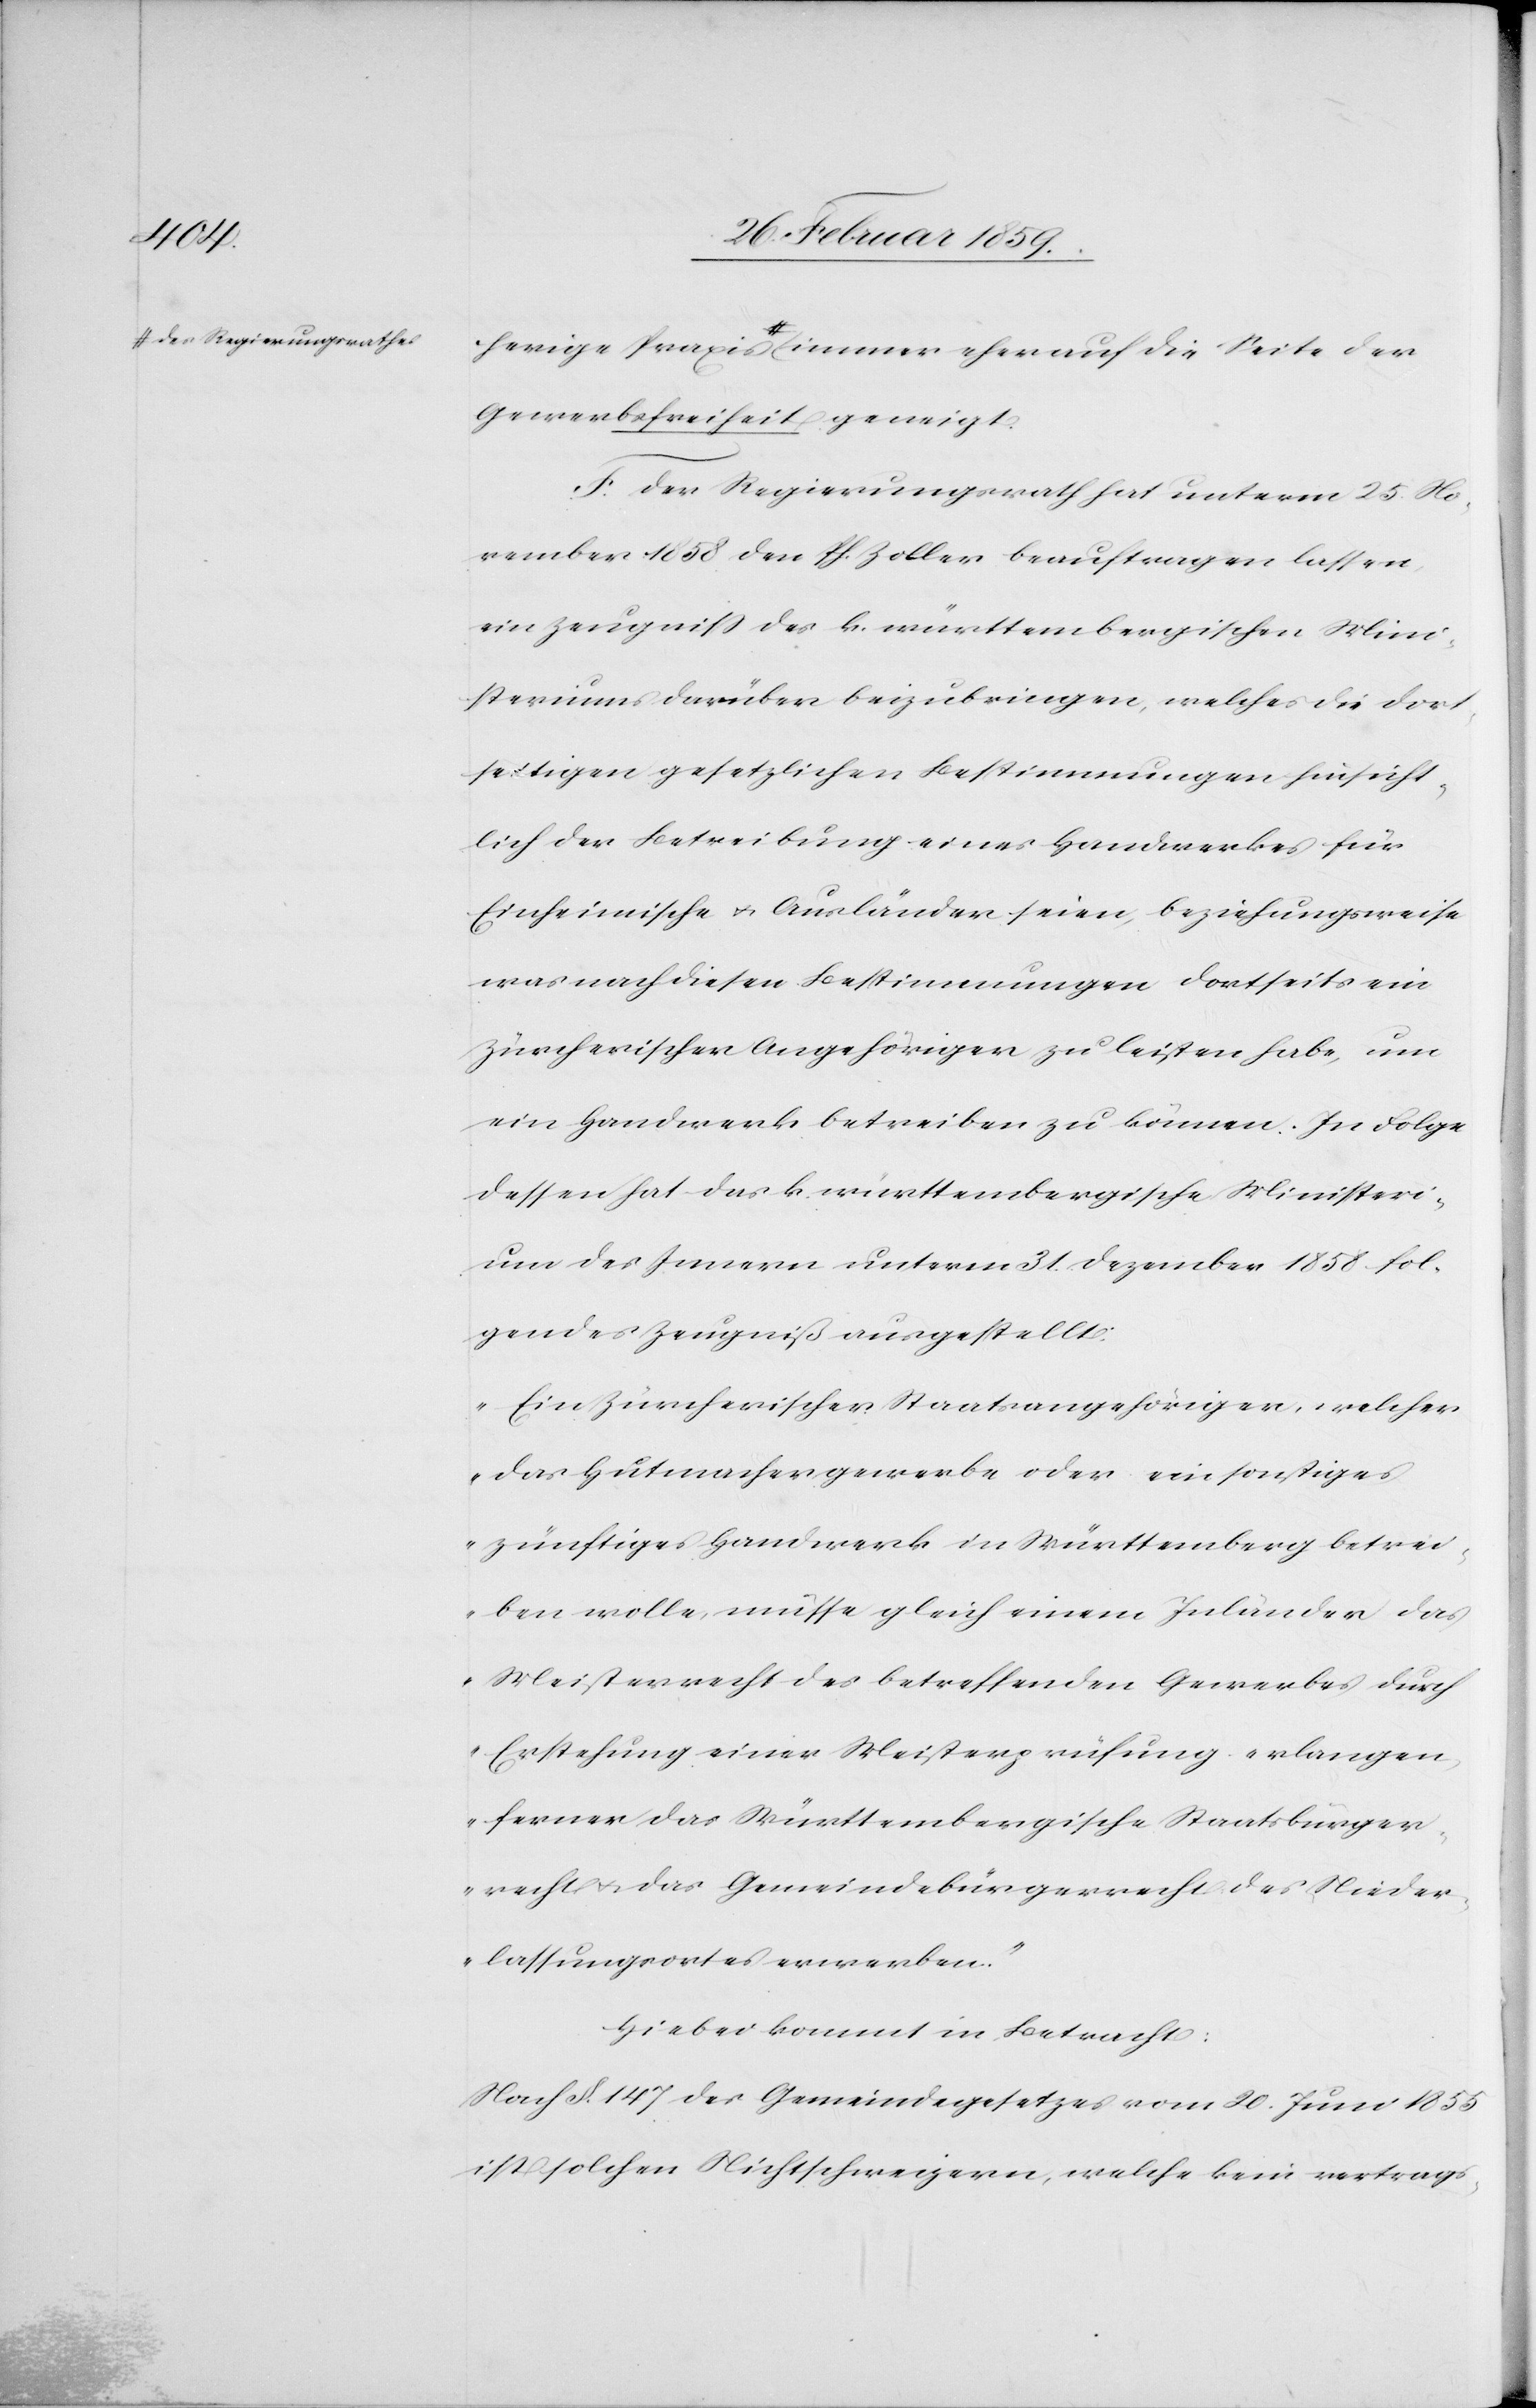
des Regierungsrathes

Gewerbsfreiheit geneigt.
F. Der Regierungsrath hat unterm 25. No¬
vember 1858 den Ph. Zoller beauftragen lassen,
ein Zeugniß des k. württembergischen Mini¬
steriums darüber beizubringen, welches die dort¬
seitigen gesetzlichen Bestimmungen hinsicht¬
lich der Betreibung eines Handwerkes für
Einheimische u. Ausländer seien, beziehungsweise
was nach diesen Bestimmungen dortseits ein
Zürcherischer Angehöriger zu leisten habe, um
ein Handwerk betreiben zu können. In Folge
dessen hat das k. württembergische Ministeri¬
um des Innern unterm 31. Dezember 1858 fol¬
gendes Zeugniß ausgestellt:
„Ein Zürcherischer Staatsangehöriger, welcher
das Hutmachergewerbe oder ein sonstiges
zünftiges Handwerk in Württemberg betrei¬
ben wolle, müsse gleich einem Inländer das
Meisterrecht des betreffenden Gewerbes durch
Erstehung einer Meisterprüfung erlangen,
ferner das Württembergische Staatsbürger¬
recht u. das Gemeindebürgerrecht des Nieder¬
lassungsortes erwerben.“
Hiebei kommt in Betracht:
Nach §. 147 des Gemeindegesetzes vom 20. Juni 1855
ist solchen Nichtschweizern, welche kein vertrags-